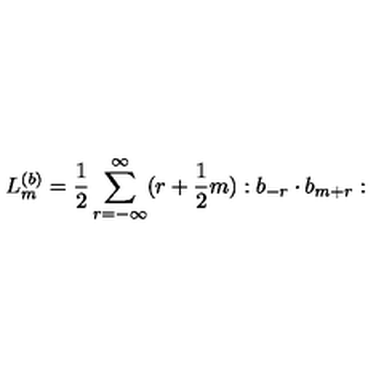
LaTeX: L _ { m } ^ { ( b ) } = \frac { 1 } { 2 } \sum _ { r = - \infty } ^ { \infty } ( r + \frac { 1 } { 2 } m ) : b _ { - r } \cdot b _ { m + r } :